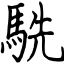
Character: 駪